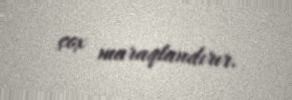
çox maraqlandırır.